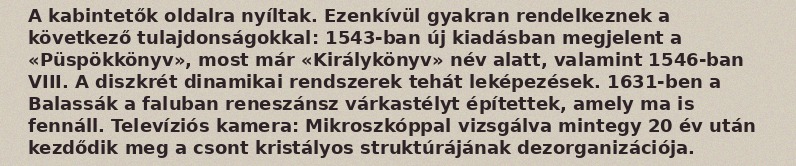
A kabintetők oldalra nyíltak. Ezenkívül gyakran rendelkeznek a következő tulajdonságokkal: 1543-ban új kiadásban megjelent a «Püspökkönyv», most már «Királykönyv» név alatt, valamint 1546-ban VIII. A diszkrét dinamikai rendszerek tehát leképezések. 1631-ben a Balassák a faluban reneszánsz várkastélyt építettek, amely ma is fennáll. Televíziós kamera: Mikroszkóppal vizsgálva mintegy 20 év után kezdődik meg a csont kristályos struktúrájának dezorganizációja.